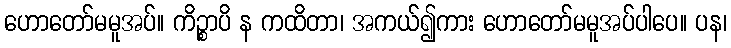
ဟောတော်မမူအပ်။ ကိဉ္စာပိ န ကထိတာ၊ အကယ်၍ကား ဟောတော်မမူအပ်ပါပေ။ ပန၊